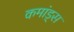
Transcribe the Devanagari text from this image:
कमांड्‌स